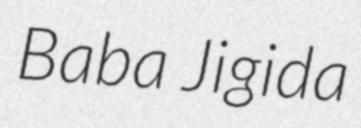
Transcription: Baba Jigida